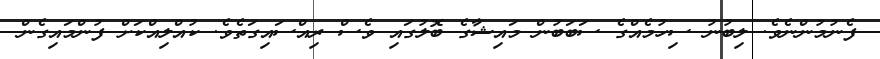
ފެނުމުންނެވެ. ލިބުނު ސިހުމެއްގެ ސަބަބުން މައިޝާގެ ބޮލުގައި ވެސް ރިއްސައިގަތެވެ. ކުއްލިއްކަށް ފުންމައިގެން